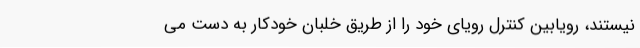
نیستند، رویابین کنترل رویای خود را از طریق خلبان خودکار به دست می